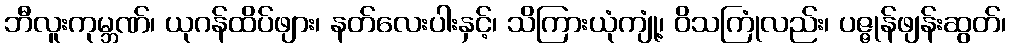
ဘီလူးကုမ္ဘဏ်၊ ယုဂန်ထိပ်ဖျား၊ နတ်လေးပါးနှင့်၊ သိကြားယုံကျုံ့၊ ဝိသကြုံလည်း၊ ပဇ္ဇုန်ဖျန်းဆွတ်၊